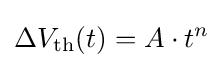
\Delta V_{\text{th}}(t)=A\cdot t^{n}